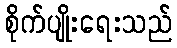
စိုက်ပျိုးရေးသည်